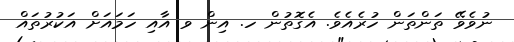
ނުވެވޭ ތަންތަން ހުރެއެވެ. އެގޮތުން ހ. އިން ވ އާއި ހަމައަށް އަކުރުތައް